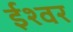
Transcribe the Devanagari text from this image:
र्इश्वर